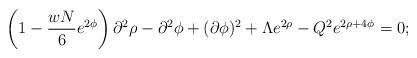
LaTeX: \begin{align*}\left( 1 - \frac{wN}{6} e^{2\phi} \right) \partial^2 \rho -\partial^2 \phi + (\partial \phi)^2 + \Lambda e^{2\rho}- Q^2 e^{2\rho+4\phi} = 0;\end{align*}